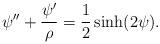
LaTeX: \begin{align*}\psi''+\frac{\psi'}{\rho}=\frac 12 \sinh(2\psi).\end{align*}